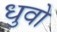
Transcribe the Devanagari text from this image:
धुवो